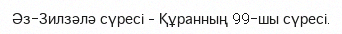
Әз-Зилзәлә сүресі – Құранның 99-шы сүресі.